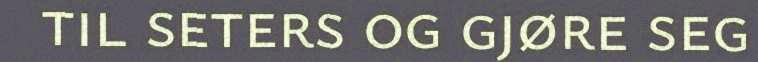
til seters og gjøre seg